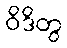
ဝိဒိတွ